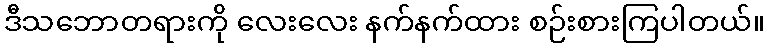
ဒီသဘောတရားကို လေးလေး နက်နက်ထား စဉ်းစားကြပါတယ်။